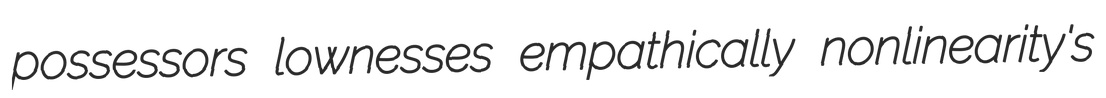
possessors lownesses empathically nonlinearity's